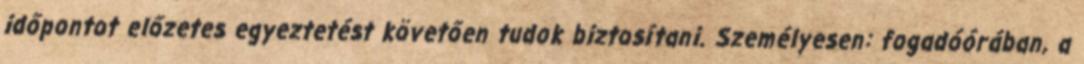
időpontot előzetes egyeztetést követően tudok biztosítani. Személyesen: fogadóórában, a